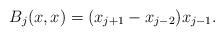
LaTeX: \begin{align*}B_j(x,x) = (x_{j+1} - x_{j-2})x_{j-1}.\end{align*}